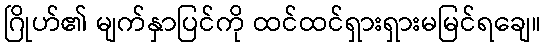
ဂြိုဟ်၏ မျက်နှာပြင်ကို ထင်ထင်ရှားရှားမမြင်ရချေ။